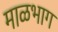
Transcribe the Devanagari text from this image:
माळभाग